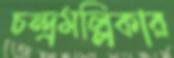
চন্দ্রমল্লিকার